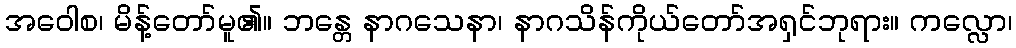
အဝေါစ၊ မိန့်တော်မူ၏။ ဘန္တေ နာဂသေနာ၊ နာဂသိန်ကိုယ်တော်အရှင်ဘုရား။ ကလ္လော၊